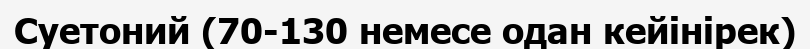
Суетоний (70-130 немесе одан кейінірек)